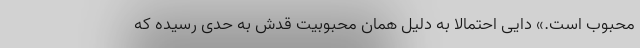
محبوب است.» دایی احتمالا به دلیل همان محبوبیت قدش به حدی رسیده که